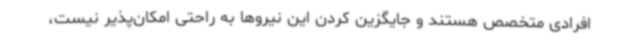
افرادی متخصص هستند و جایگزین کردن این نیروها به راحتی امکان‌پذیر نیست،